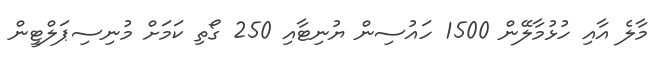
މާލެ އާއި ހުޅުމާލޭން 1500 ހައުސިން ޔުނިޓާއި 250 ގޯތި ކަމަށް މުނިސިޕަލްޓީން